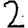
Digit: 2